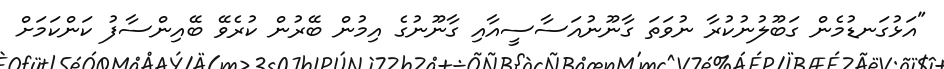
"އަޅުގަނޑުމެން ގަބޫލުނުކުރާ ނުވަތަ ގާނޫނުއަސާސީއާއި ގާނޫނުގެ އިމުން ބޭރުން ކުރެވޭ ބޭއިންސާފު ކަންކަމަށް